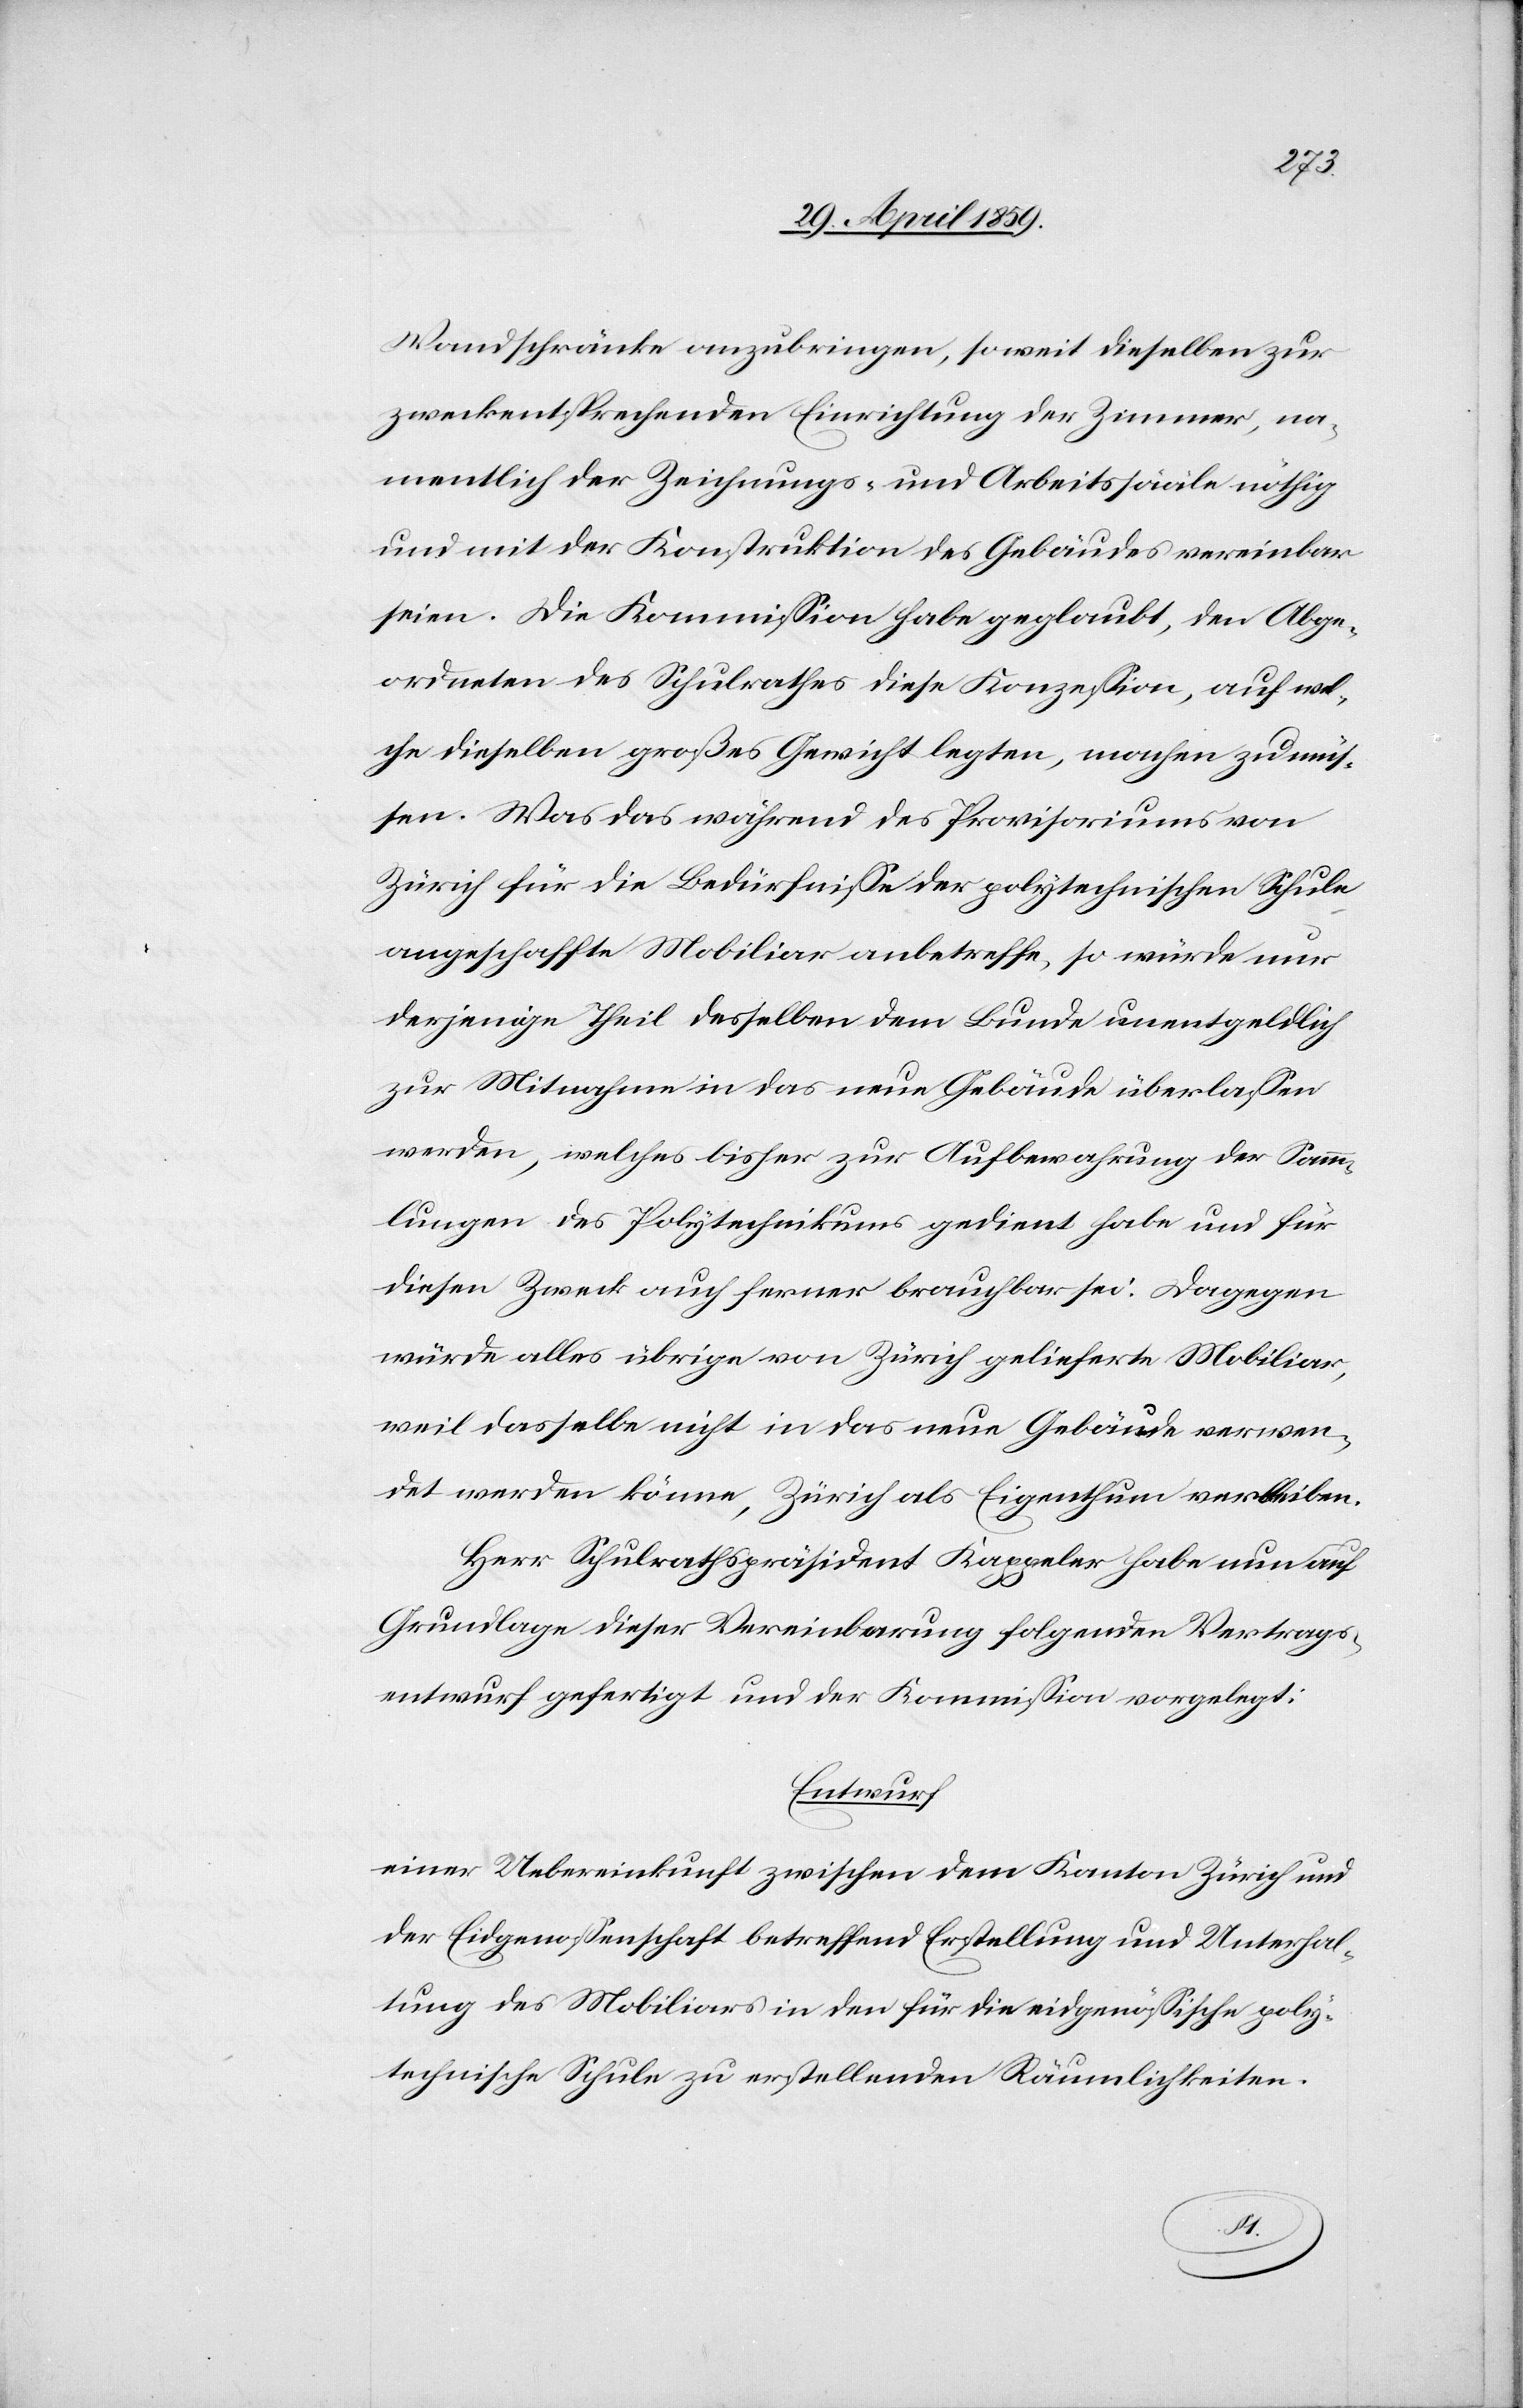
Wandschränke anzubringen, soweit dieselben zur
zweckentsprechenden Einrichtung der Zimmer, na¬
mentlich der Zeichnungs- und Arbeitssääle nöthig
und mit der Konstruktion des Gebäudes vereinbar
seien. Die Kommißion habe geglaubt, den Abge¬
ordneten des Schulrathes diese Konzeßion, auf wel¬
che dieselben großes Gewicht legten, machen zu müs¬
sen. Was das während des Provisoriums von
Zürich für die Bedürfniße der polytechnischen Schule
angeschaffte Mobiliar anbetreffe, so würde nur
derjenige Theil desselben dem Bunde unentgeldlich
zur Mitnahme in das neue Gebäude überlaßen
werden, welches bisher zur Aufbewahrung der Samm¬
lungen des Polytechnikums gedient habe und für
diesen Zweck auch ferner brauchbar sei. Dagegen
würde alles übrige von Zürich gelieferte Mobiliar,
weil dasselbe nicht in das neue Gebäude verwen¬
det werden könne, Zürich als Eigenthum verbleiben.
Herr Schulrathspräsident Kappeler habe nun auf
Grundlage dieser Vereinbarung folgenden Vertrags¬
entwurf gefertigt und der Kommißion vorgelegt:
Entwurf
einer Uebereinkunft zwischen dem Kanton Zürich und
der Eidgenoßenschaft betreffend Erstellung und Unterhal¬
tung des Mobiliars in den für die eidgenößische poly¬
technische Schule zu erstellenden Räumlichkeiten.